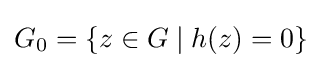
{\textstyle G_{0}=\{z\in G\mid h(z)=0\}}